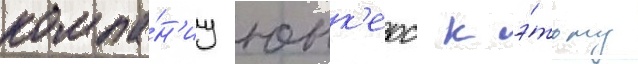
компа́н'иу юнк'ерс к э́тому